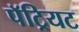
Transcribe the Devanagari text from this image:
पॅट्रियट